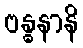
ဗန္ဓနာနိ